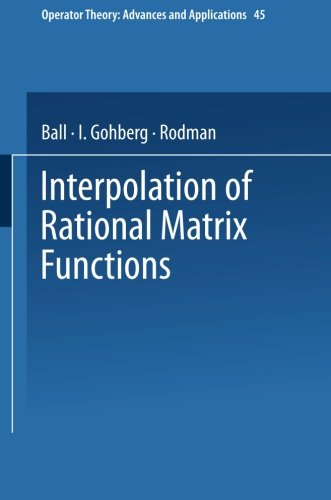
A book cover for Interpolation of Rational Matrix Functions (Operator Theory: Advances and Applications); Joseph A. Ball; Science & Math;